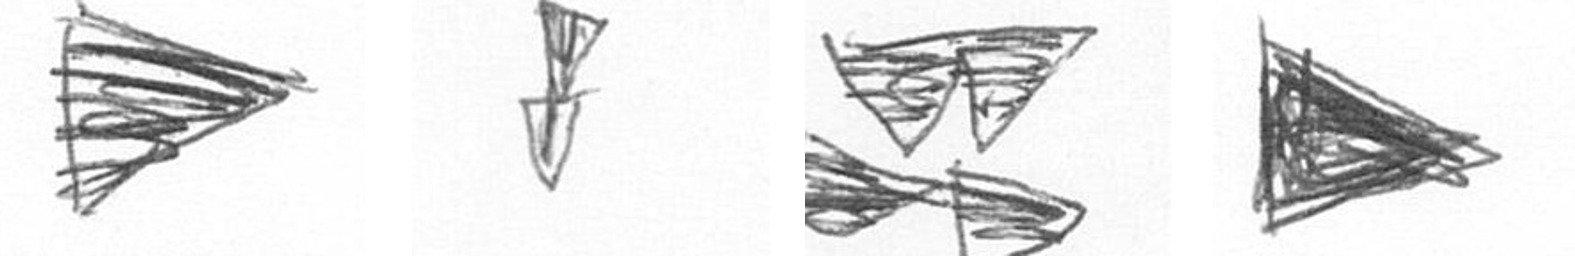
T Z B T